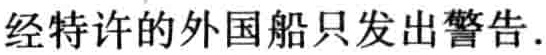
经特许的外国船只发出警告.